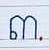
៣.